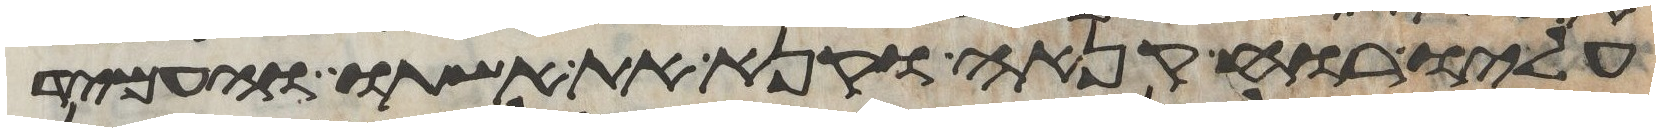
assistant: עליו רוח קנאה וקנא את אשתו והעמיד